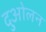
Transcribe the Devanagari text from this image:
दुओलन